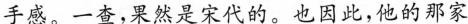
手感。一查，果然是宋代的。也因此，他的那家